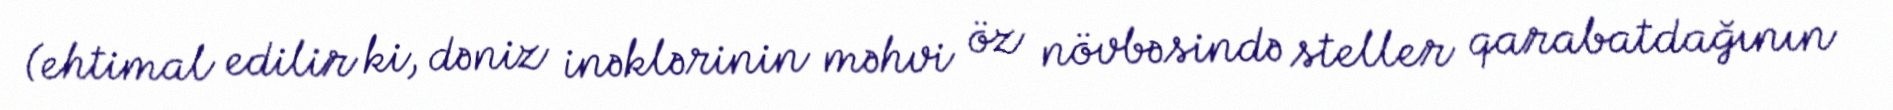
(ehtimal edilir ki, dəniz inəklərinin məhvi öz növbəsində steller qarabatdağının